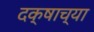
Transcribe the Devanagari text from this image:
दक्षाच्या